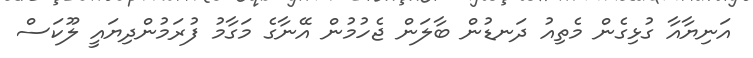
އަނިޔާއާ ގުޅިގެން މެތިއު ދަނޑުން ބާލަން ޖެހުމުން އޭނާގެ މަގާމު ފުރަމުންދިޔައީ ލޫކަސް